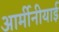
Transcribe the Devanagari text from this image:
आर्मीनीयाई